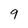
Character: 9